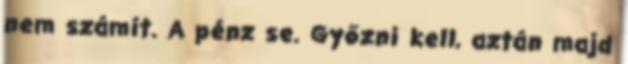
nem számít. A pénz se. Győzni kell, aztán majd